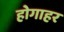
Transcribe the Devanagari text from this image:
होगाहर